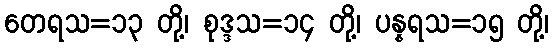
တေရသ=၁၃ တို့၊ စုဒ္ဒသ=၁၄ တို့၊ ပန္နရသ=၁၅ တို့၊